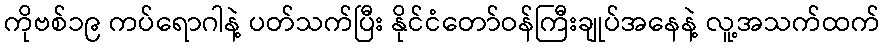
ကိုဗစ်၁၉ ကပ်ရောဂါနဲ့ ပတ်သက်ပြီး နိုင်ငံတော်ဝန်ကြီးချုပ်အနေနဲ့ လူ့အသက်ထက်